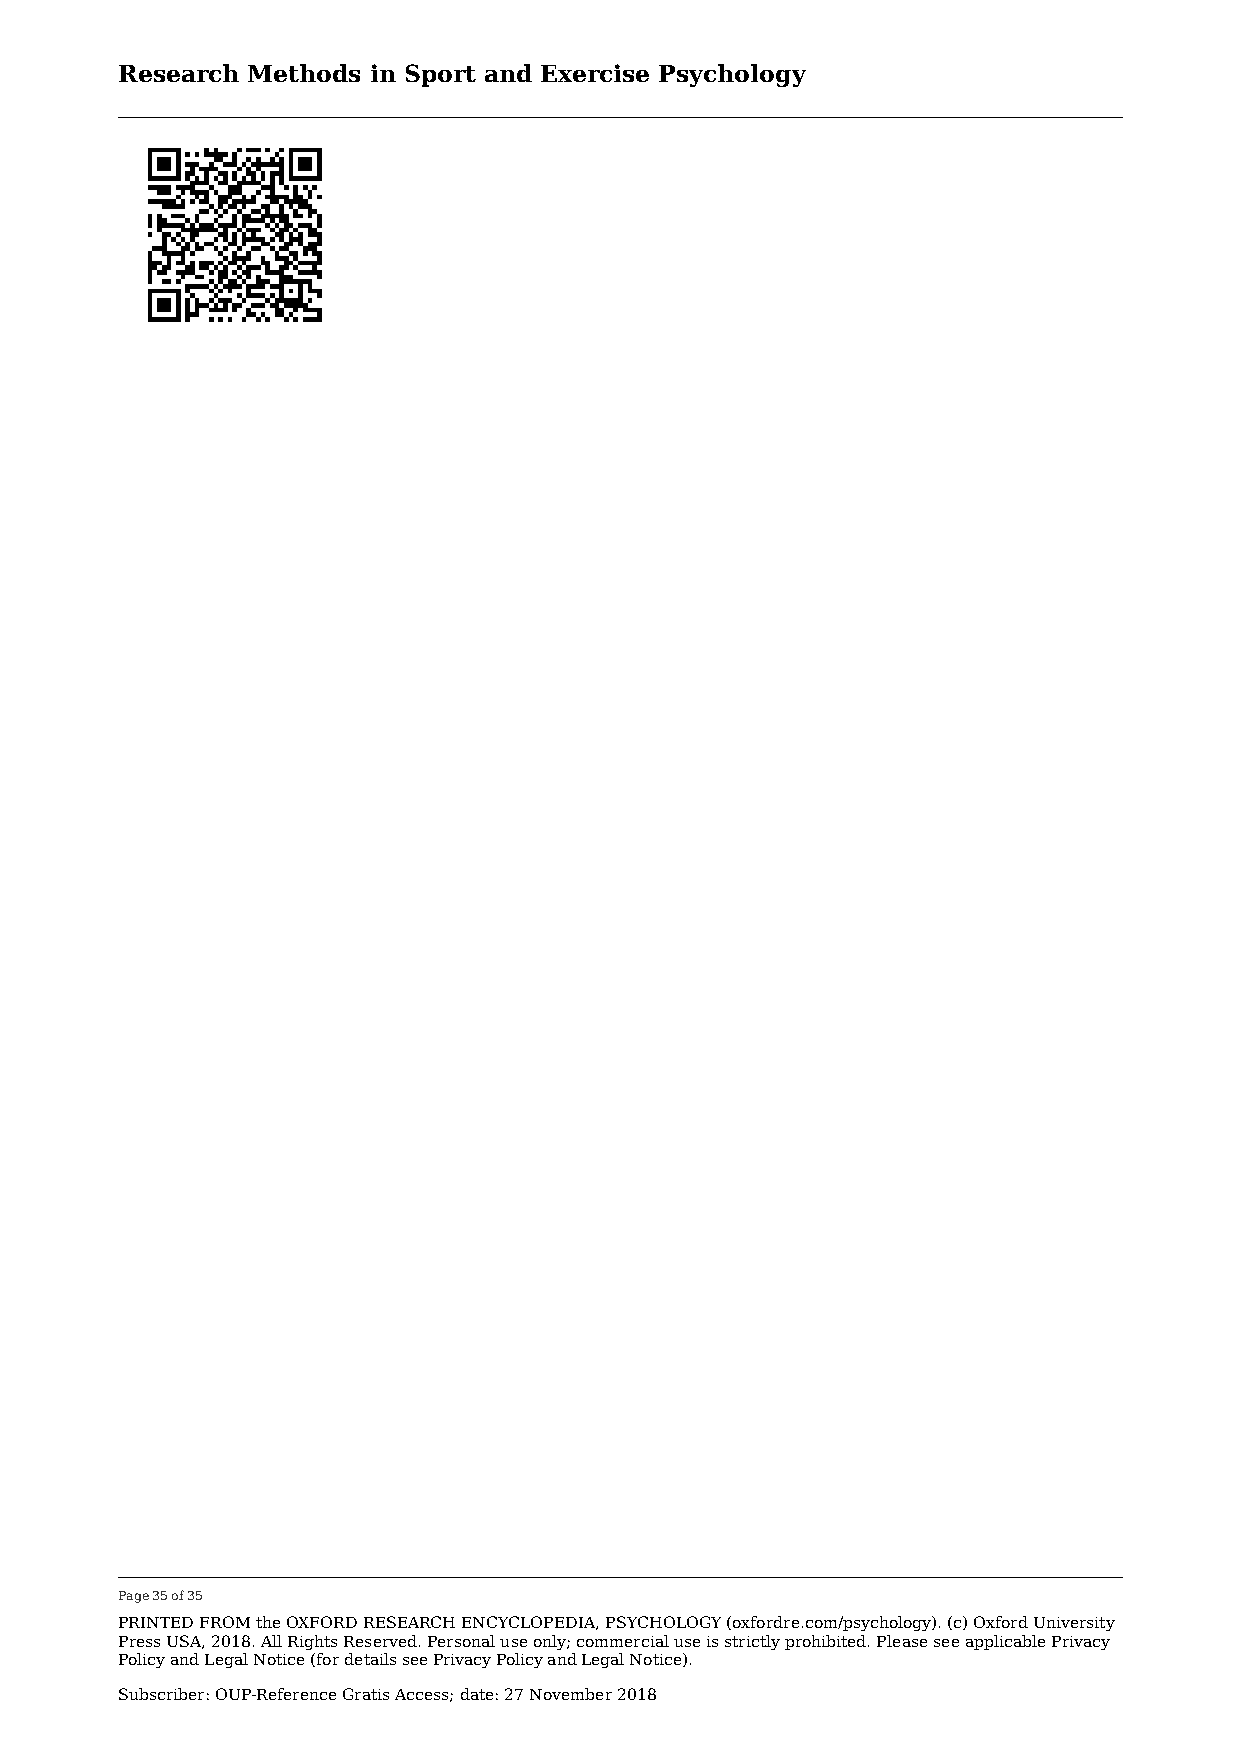
Research Methods in Sport and Exercise Psychology
 Page 35 of 35
 PRINTED FROM the OXFORD RESEARCH ENCYCLOPEDIA, PSYCHOLOGY (oxfordre.com/psychology). (c) Oxford University
 Press USA, 2018. All Rights Reserved. Personal use only; commercial use is strictly prohibited. Please see applicable Privacy
 Policy and Legal Notice (for details see Privacy Policy and Legal Notice).
 Subscriber: OUP-Reference Gratis Access; date: 27 November 2018